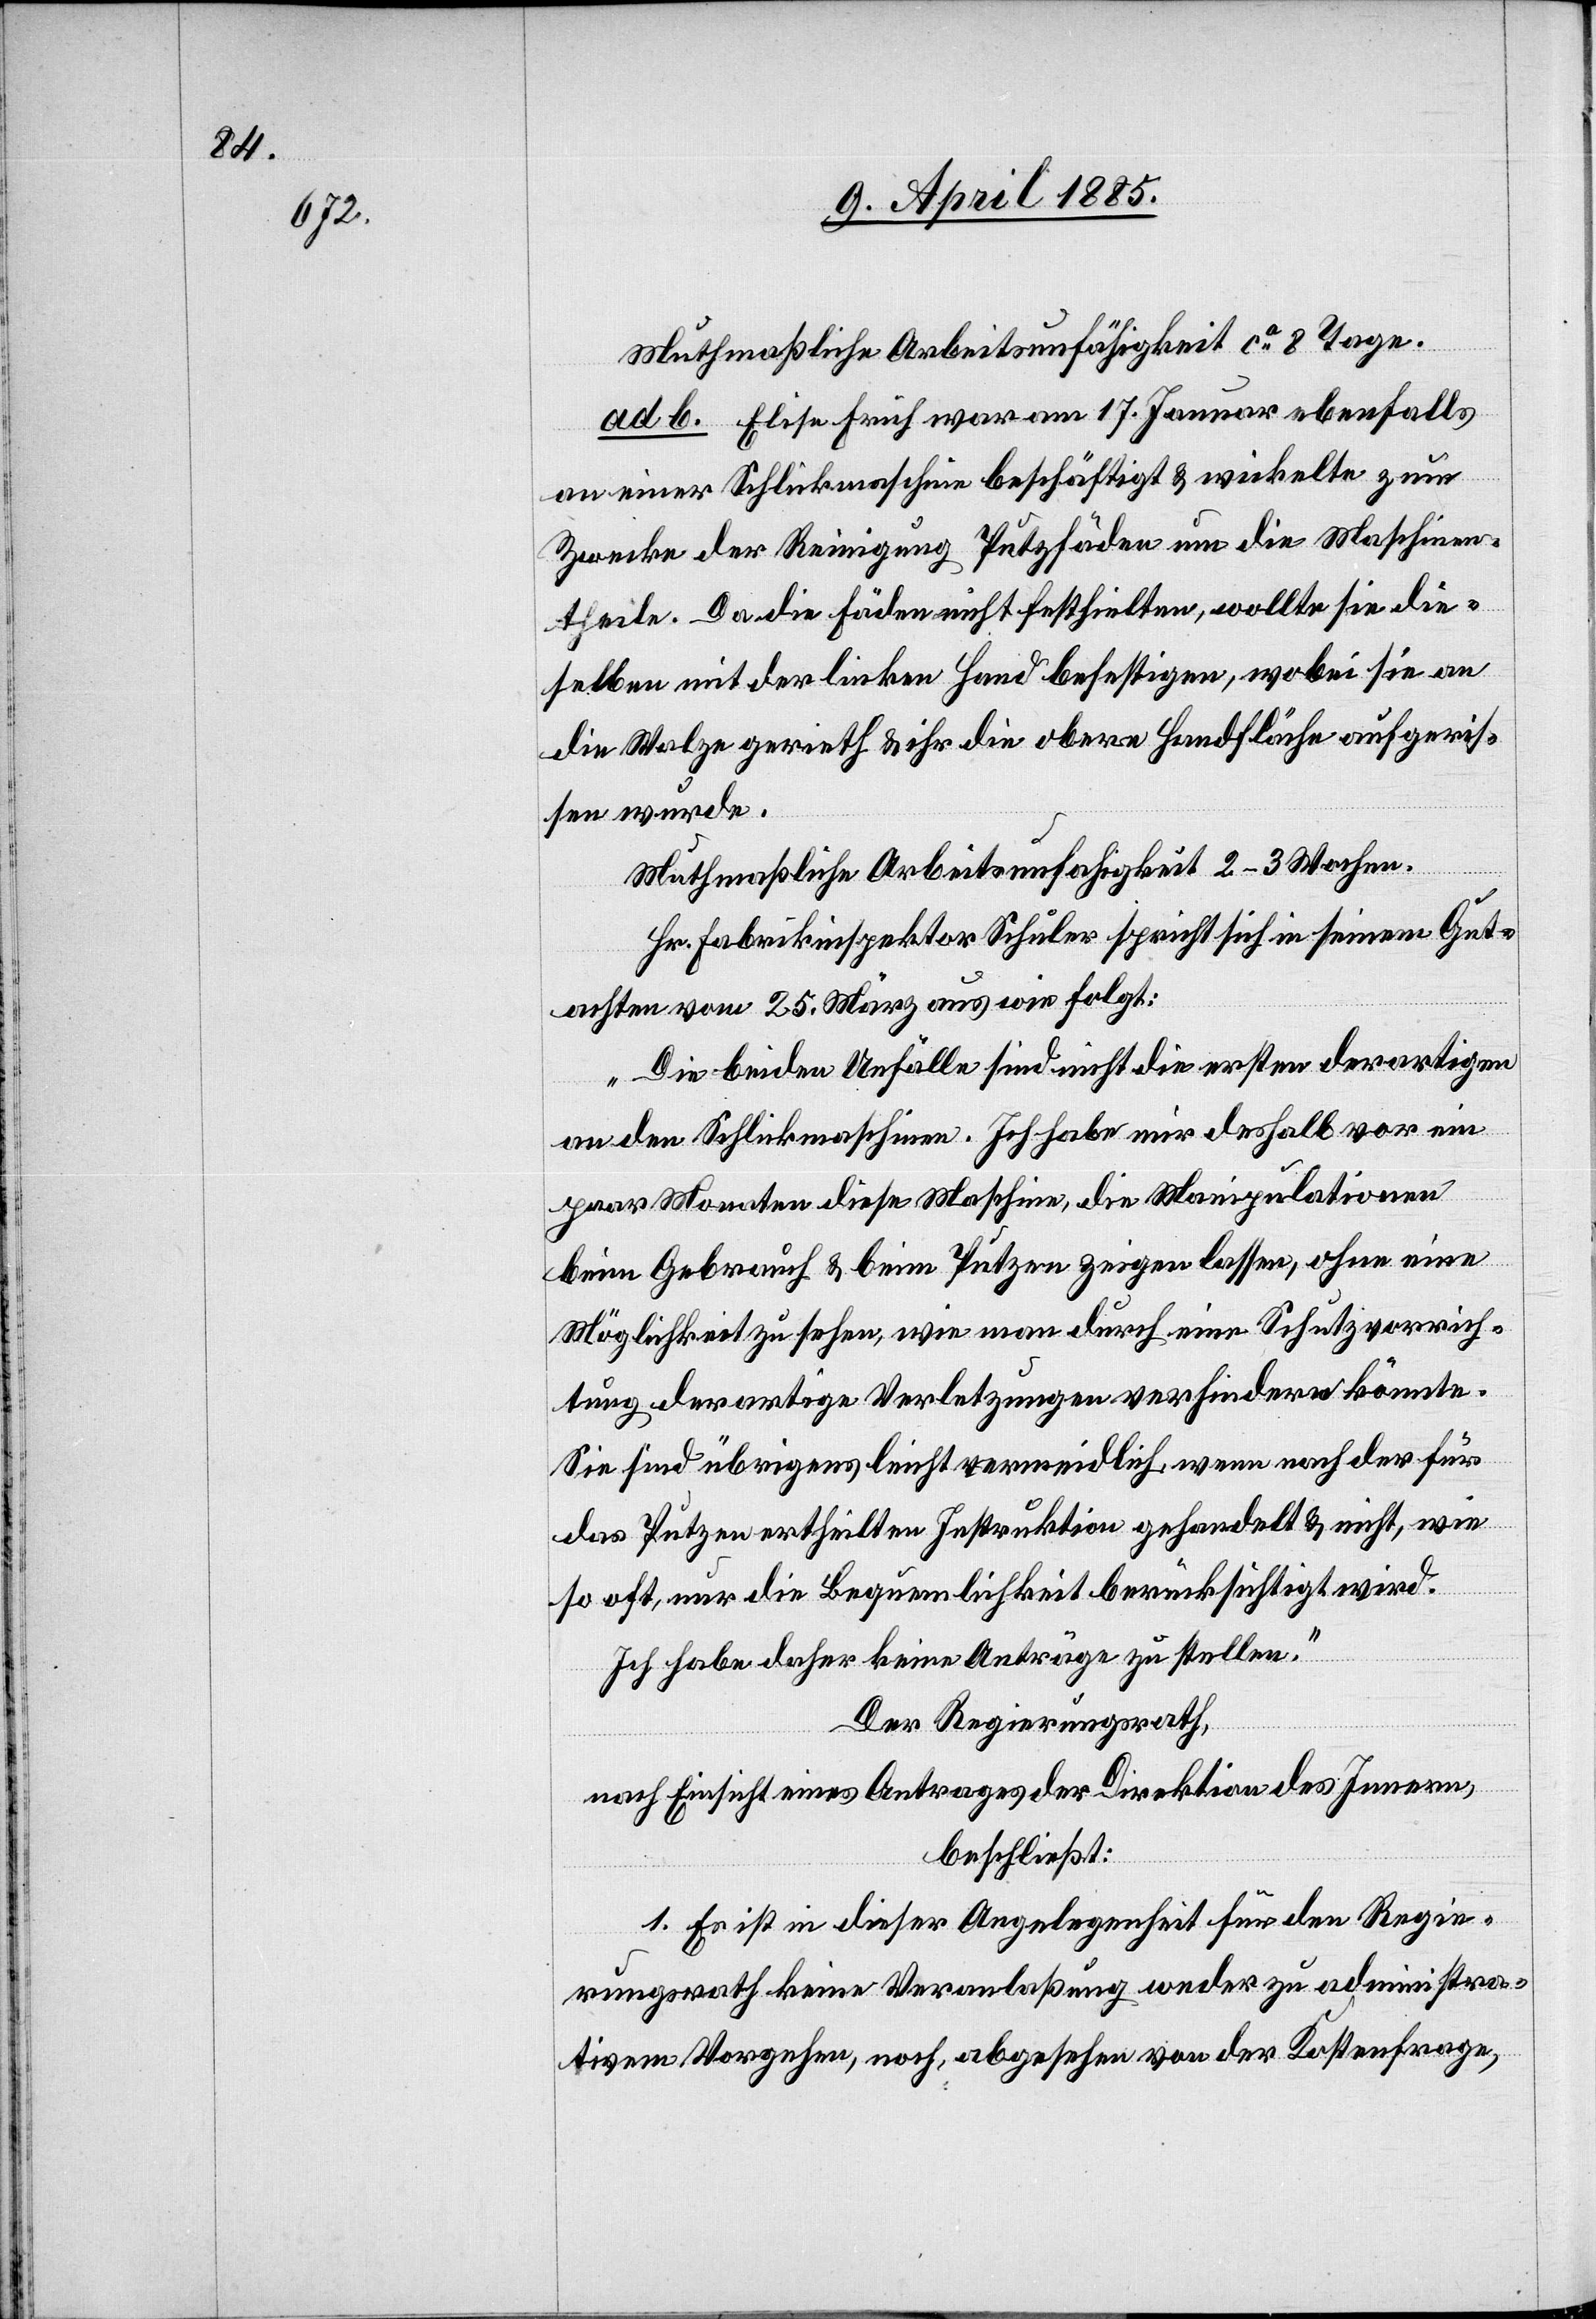
Mutmaßliche Arbeitsunfähigkeit ca 8 Tage.
ad b. Elise Früh war am 17. Januar ebenfalls
an einer Schlickmaschine beschäftigt & wickelte zum
Zwecke der Reinigung Putzfäden um die Maschinen¬
theile. Da die Fäden nicht festhielten, wollte sie die¬
selben mit der linken Hand befestigen, wobei sie an
die Walze gerieth & ihr die obere Handfläche aufgerie¬
ben wurde.
Mutmaßliche Arbeitsunfähigkeit 2–3 Wochen.
Hr. Fabrikinspektor Schuler spricht sich in seinem Gut¬
achten vom 25. März aus wie folgt:
„Die beiden Unfälle sind nicht die ersten derartigen
an den Schlickmaschinen. Ich habe mir deshalb vor ein
paar Monaten diese Maschine, die Manipulationen
beim Gebrauch & beim Putzen zeigen lassen, ohne eine
Möglichkeit zu sehen, wie man durch eine Schutzvorrich¬
tung derartige Verletzungen verhindern könnte.
Sie sind übrigens leicht vermeidlich, wenn nach der für
das Putzen ertheilten Instruktion gehandelt & nicht, wie
so oft, nur die Bequemlichkeit berücksichtigt wird.
Ich habe daher keine Anträge zu stellen.“
Der Regierungsrath,
nach Einsicht eines Antrages der Direktion des Innern,
beschließt:
1. Es ist in dieser Angelegenheit für den Regie¬
rungsrath keine Veranlaßung weder zu administra¬
tiven Vorgehen, noch, abgesehen von der Kostenfrage,